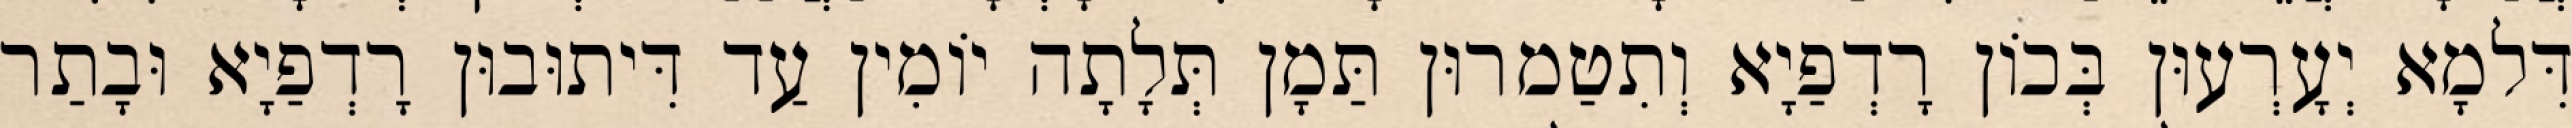
דִּלמָא יְעָרְעוּן בְּכוֹן רָדְפַיָא וְתִטַמרוּן תַּמָן תְּלָתָה יוֹמִין עַד דִּיתוּבוּן רָדְפַיָא וּבָתַר